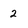
Character: 2